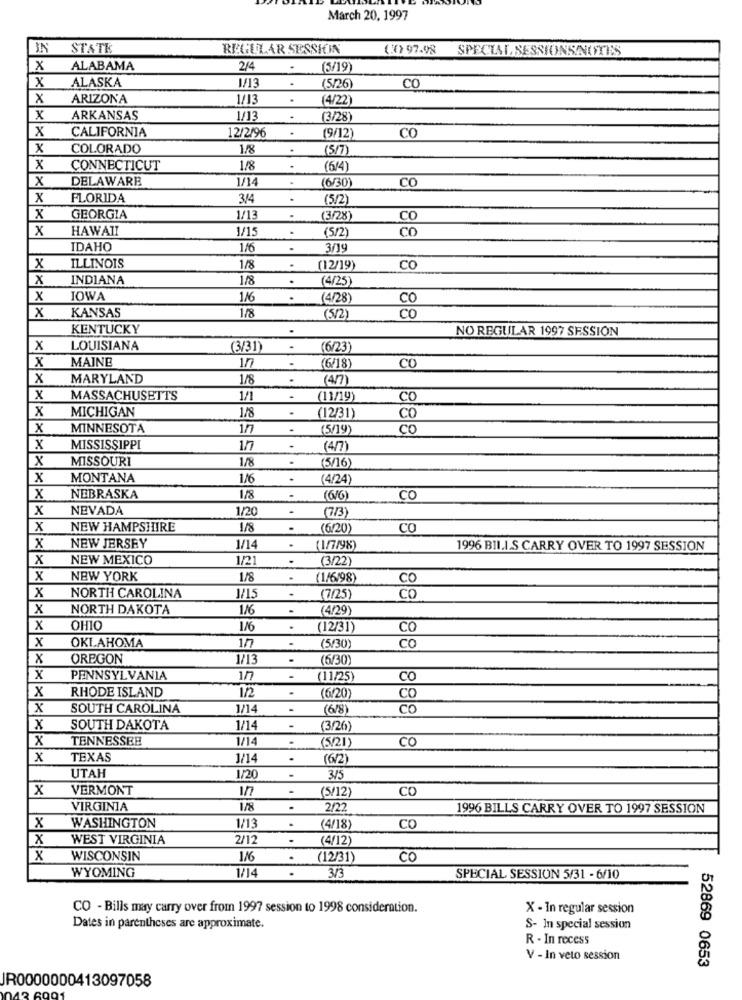
March 20, 1997
IN
STATE
REGULAR SESSION
( 7) 97.98
SPECIAL SESSIONSALITES
x
ALABAMA
2/4
(5/19)
x
ALASKA
1/13
.
(5/26)
CO
X
ARIZONA
1/13
.
(4/22)
x
ARKANSAS
1/13
.
(3/28)
x
.
CALIFORNIA
12/2/96
(9/12)
CO
x
COLORADO
1/8
.
(5/7)
x
CONNECTICUT
1/8
.
(614
X
DELAWARE
1/14
(6/30)
CO
x
FLORIDA
3/4
(5/2)
X
GEORGIA
1/13
.
(3/28)
CO
x
HAWAII
1/15
(5/2)
CO
IDAHO
1/6
.
3/19
X
ILLINOIS
1/8
.
(12/19)
co
x
INDIANA
1/8
.
(4/25)
X
IOWA
116
.
(4/28)
CO
KANSAS
1/8
x
(5/2)
CO
KENTUCKY
.
NO REGULAR 1997 SESSION
x
LOUISIANA
(3/31)
.
(6/23)
MAINE
X
17
(6/18)
CO
X
MARYLAND
1/8
(4/7)
x
MASSACHUSETTS
1/1
-
(11/19)
CO
x
MICHIGAN
.
1/8
(12/31)
CO
x
MINNESOTA
1/
.
(5/19)
co
X
MISSISSIPPI
1/7
(4/7)
x
MISSOURI
1/8
(5/16)
x
MONTANA
1/6
(4/24)
X
NEBRASKA
1/8
.
(66)
CO
x
NEVADA
1/20
-
(7/3)
x
NEW HAMPSHIRE
1/8
.
(6/20)
CO
x
NEW JERSEY
1/14
.
(1/7/98)
1996 BILIS CARRY OVER TO 1997 SESSION
x
NEW MEXICO
1/21
(3/22)
X
NEW YORK
1/8
.
(1/6/98)
CO
x
NORTH CAROLINA
1/15
-
(7/25)
co
X
NORTH DAKOTA
1/6
(4/29)
x
OHIO
1/6
.
(12/31)
CO
x
OKLAHOMA
177
(5/30)
Co
OREGON
1/13
(6/30)
X
PENNSYLVANIA
1/7
(11/25)
CO
RHODE ISLAND
1/2
.
X
(6/20)
CO
x
SOUTH CAROLINA
1/14
(6/8)
Co
X
SOUTH DAKOTA
1/14
-
(3/26)
x
TENNESSEE
1/14
.
(5/21)
CO
x
TEXAS
1/14
.
(6/2)
UTAH
1/20
3/5
x
VERMONT
(5/12)
CO
VIRGINIA
2/2
1996 BILLS CARRY OVER TO 1997 SESSION
1/13
x
WASHINGTON
.
(4/18)
CO
x
WEST VIRGINIA
2/12
.
(4/12)
X
WISCONSIN
1/6
.
(12/31)
CO
WYOMING
1/14
.
3/3
SPECIAL SESSION 5/31 - 6/10
CO - Bills may carry over from 1997 session to 1998 consideration.
X - In regular session
Dates in parentheses are approximate.
S- In special session
R - In recess
V - In veto session
52869 0653
IR0000000413097058